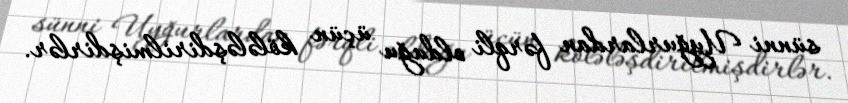
sünni Uyğurlardan fərqli olduğu üçün kölələşdirilmişdirlər.